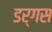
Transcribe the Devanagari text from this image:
डर्गस